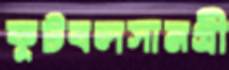
ফুটবলসামগ্রী